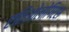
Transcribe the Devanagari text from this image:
एतिओलोगिएस